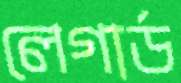
লেগার্ড